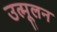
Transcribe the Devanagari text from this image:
उत्मूलन